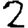
Digit: 2